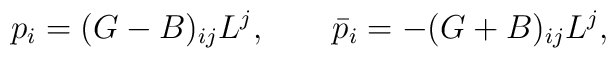
p_i=(G-B)_{ij}L^j,\qquad \bar{p}_i=-(G+B)_{ij}L^j ,